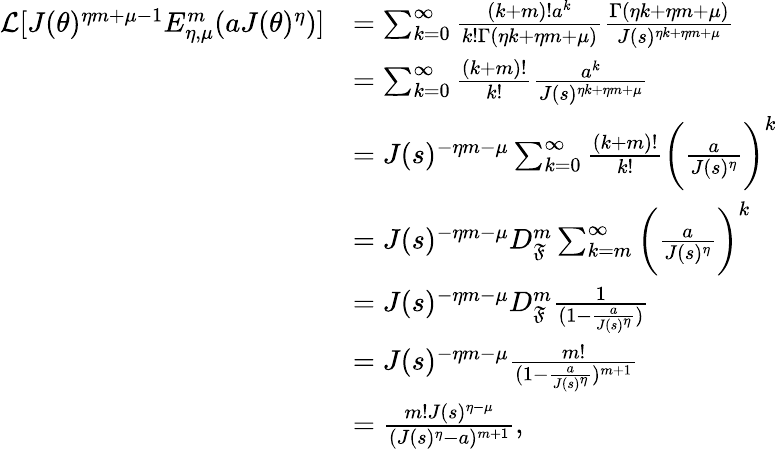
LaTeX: \begin{array}{rl}{\mathcal{L}[J(\theta)^{\eta m+\mu-1}E_{\eta,\mu}^{m}(aJ(\theta)^{\eta})]}&{=\sum_{k=0}^{\infty}\frac{(k+m)!a^{k}}{k!\Gamma(\eta k+\eta m+\mu)}\frac{\Gamma(\eta k+\eta m+\mu)}{J(s)^{\eta k+\eta m+\mu}}}\\ &{=\sum_{k=0}^{\infty}\frac{(k+m)!}{k!}\frac{a^{k}}{J(s)^{\eta k+\eta m+\mu}}}\\ &{=J(s)^{-\eta m-\mu}\sum_{k=0}^{\infty}\frac{(k+m)!}{k!}\bigg(\frac{a}{J(s)^{\eta}}\bigg)^{k}}\\ &{=J(s)^{-\eta m-\mu}D_{\mathfrak{F}}^{m}\sum_{k=m}^{\infty}\bigg(\frac{a}{J(s)^{\eta}}\bigg)^{k}}\\ &{=J(s)^{-\eta m-\mu}D_{\mathfrak{F}}^{m}\frac{1}{(1-\frac{a}{J(s)^{\eta}})}}\\ &{=J(s)^{-\eta m-\mu}\frac{m!}{(1-\frac{a}{J(s)^{\eta}})^{m+1}}}\\ &{=\frac{m!J(s)^{\eta-\mu}}{(J(s)^{\eta}-a)^{m+1}},}\end{array}